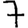
Digit: 7